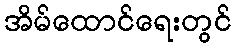
အိမ်ထောင်ရေးတွင်